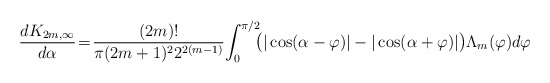
\begin{align*} {d K_{2m, \infty} \over d\alpha}\!=\!{(2m)! \over \pi(2m+1)^2 2^{2(m-1)}}\!\int_0^{\pi/2}\!\!\!\big ( |\cos(\alpha-\varphi)|-|\cos(\alpha+\varphi)|\big )\Lambda_m(\varphi)d\varphi\end{align*}